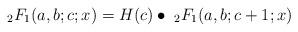
LaTeX: \begin{align*}_2F_1(a,b;c;x) = H(c) \bullet~ _2F_1(a,b;c+1;x) \end{align*}